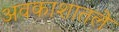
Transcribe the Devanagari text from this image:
अवकाशातले